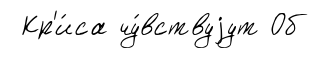
Кр'и́са чу́вствуjут Об